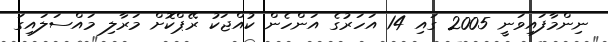
ނިންމާފައިވަނީ 2005 ގައި 14 އަހަރުގެ އަންހެން ކުއްޖަކު ރޭޕްކޮށް މަރާލި މައްސަލައިގަ